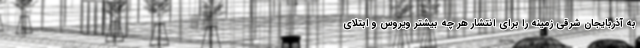
به آذربایجان شرقی زمینه را برای انتشار هر چه بیشتر ویروس و ابتلای